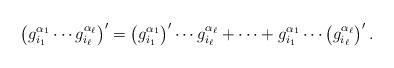
LaTeX: \begin{align*} \left( g_{i_1}^{\alpha_1}\cdots g_{i_\ell}^{\alpha_\ell} \right)' = \left(g_{i_1}^{\alpha_1}\right)'\cdots g_{i_\ell}^{\alpha_\ell} + \cdots + g_{i_1}^{\alpha_1}\cdots \left(g_{i_\ell}^{\alpha_\ell} \right)'.\end{align*}